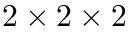
2 \times 2 \times 2